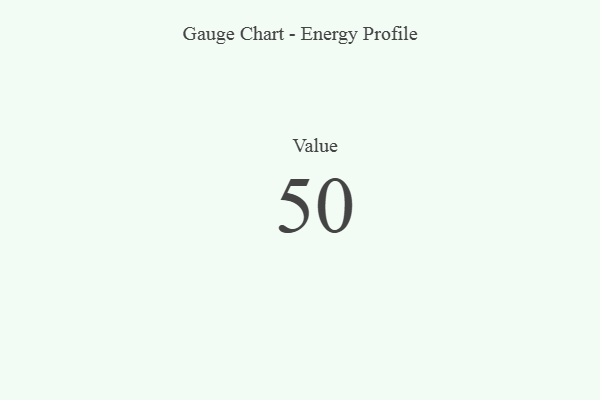
{"axis": {"x": "Metric", "y": "Value"}, "legend": [""], "data": [{"x": "Value", "y": 50, "type": ""}]}